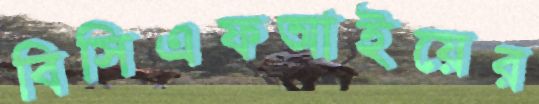
বিসিএফআইয়ের